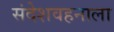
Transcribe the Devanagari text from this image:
संदेशवहनाला